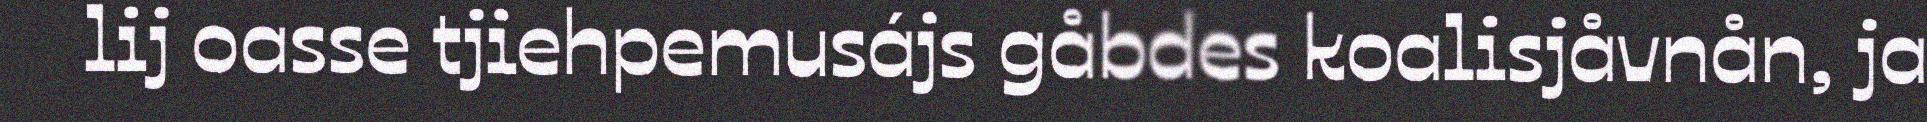
lij oasse tjiehpemusájs gåbdes koalisjåvnån, ja